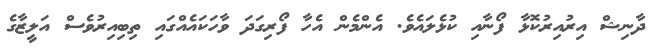
ދާނިޝް އިރުއިރުކޮޅާ ފޯނާއި ކުޅެލައެވެ. އެންމެން އެހާ ފޯރިގަދަ ވާހަކައެއްގައި ތިބިއިރުވެސް އަލީޒާގެ